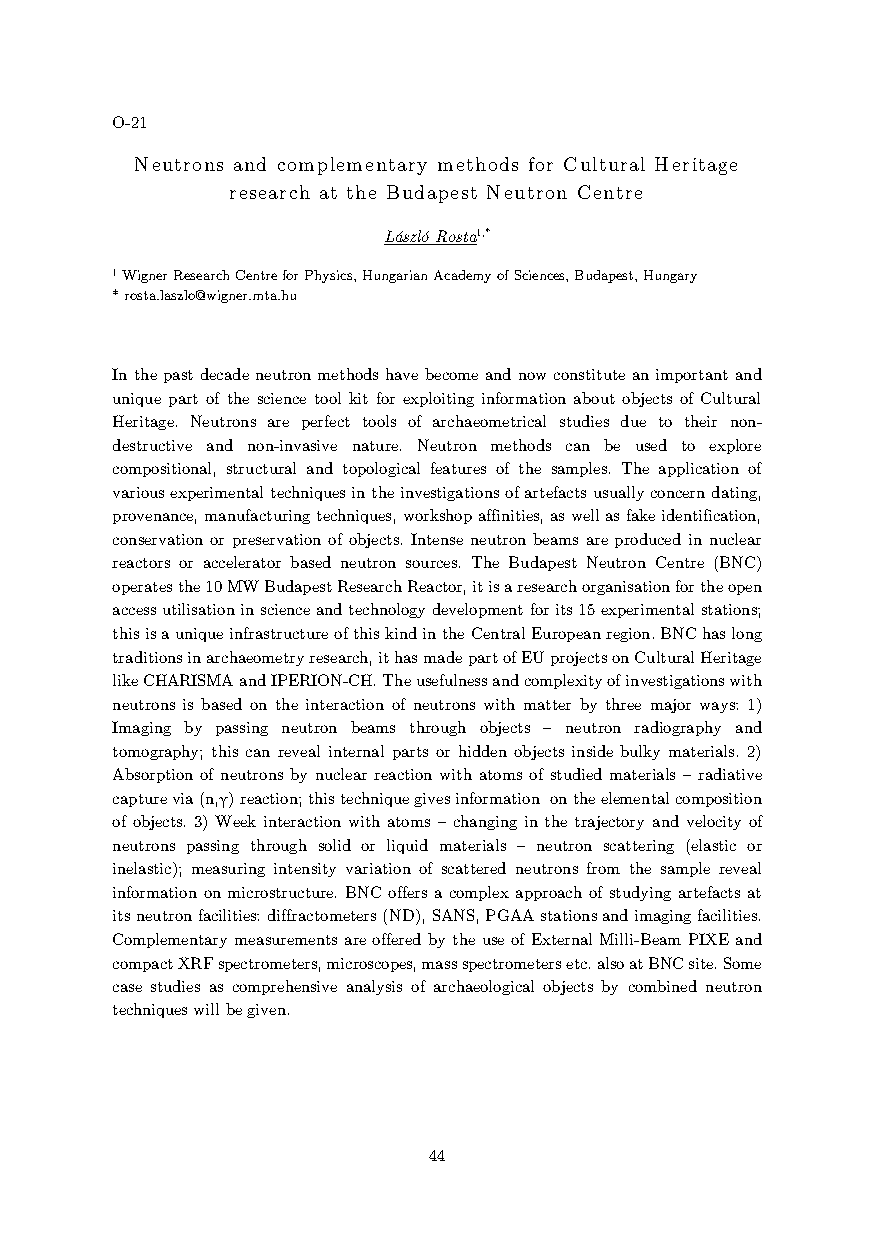
O-21
 Neutrons and complementary methods for Cultural Heritage
 research at the Budapest Neutron Centre
 László Rosta1,*
 1 Wigner Research Centre for Physics, Hungarian Academy of Sciences, Budapest, Hungary
 * rosta.laszlo@wigner.mta.hu
 In the past decade neutron methods have become and now constitute an important and
 unique part of the science tool kit for exploiting information about objects of Cultural
 Heritage. Neutrons are perfect tools of archaeometrical studies due to their non-
 destructive and non-invasive nature. Neutron methods can be used to explore
 compositional, structural and topological features of the samples. The application of
 various experimental techniques in the investigations of artefacts usually concern dating,
 provenance, manufacturing techniques, workshop affinities, as well as fake identification,
 conservation or preservation of objects. Intense neutron beams are produced in nuclear
 reactors or accelerator based neutron sources. The Budapest Neutron Centre (BNC)
 operates the 10 MW Budapest Research Reactor, it is a research organisation for the open
 access utilisation in science and technology development for its 15 experimental stations;
 this is a unique infrastructure of this kind in the Central European region. BNC has long
 traditions in archaeometry research, it has made part of EU projects on Cultural Heritage
 like CHARISMA and IPERION-CH. The usefulness and complexity of investigations with
 neutrons is based on the interaction of neutrons with matter by three major ways: 1)
 Imaging by passing neutron beams through objects – neutron radiography and
 tomography; this can reveal internal parts or hidden objects inside bulky materials. 2)
 Absorption of neutrons by nuclear reaction with atoms of studied materials – radiative
 capture via (n,γ) reaction; this technique gives information on the elemental composition
 of objects. 3) Week interaction with atoms – changing in the trajectory and velocity of
 neutrons passing through solid or liquid materials – neutron scattering (elastic or
 inelastic); measuring intensity variation of scattered neutrons from the sample reveal
 information on microstructure. BNC offers a complex approach of studying artefacts at
 its neutron facilities: diffractometers (ND), SANS, PGAA stations and imaging facilities.
 Complementary measurements are offered by the use of External Milli-Beam PIXE and
 compact XRF spectrometers, microscopes, mass spectrometers etc. also at BNC site. Some
 case studies as comprehensive analysis of archaeological objects by combined neutron
 techniques will be given.
 44